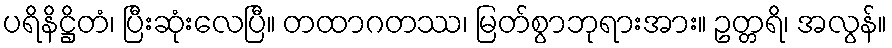
ပရိနိဋ္ဌိတံ၊ ပြီးဆုံးလေပြီ။ တထာဂတဿ၊ မြတ်စွာဘုရားအား။ ဥတ္တရိ၊ အလွန်။